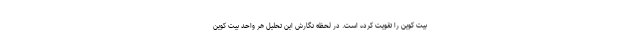
بیت کوین را تقویت کرده است. در لحظه نگارش این تحلیل هر واحد بیت کوین